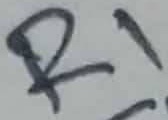
Text: R1